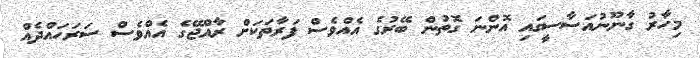
މިހާރު ގާނޫނުއަސާސީގައި އޮންނަ ގޮތުން ބޭރުގެ އެއްވެސް ފަރާތަކަށް ރާއްޖޭގެ އެއްވެސް ސަރަހައްދެއް